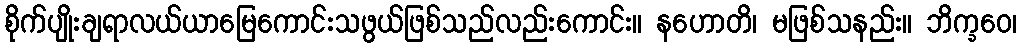
စိုက်ပျိုးချရာလယ်ယာမြေကောင်းသဖွယ်ဖြစ်သည်လည်းကောင်း။ နဟောတိ၊ မဖြစ်သနည်း။ ဘိက္ခဝေ၊